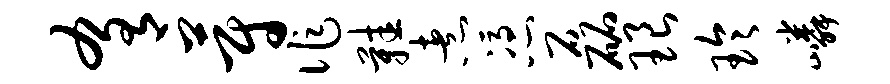
肴蔚作鞋煮凭磊琅玲嶙